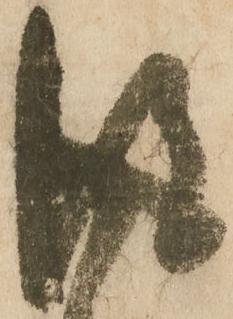
従